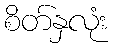
စိတ်နှလုံး